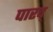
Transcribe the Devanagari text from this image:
पारद्